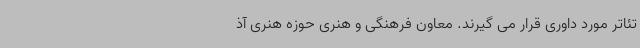
تئاتر مورد داوری قرار می گیرند. معاون فرهنگی‌ و هنری حوزه هنری آذ